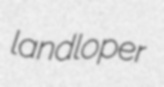
landloper